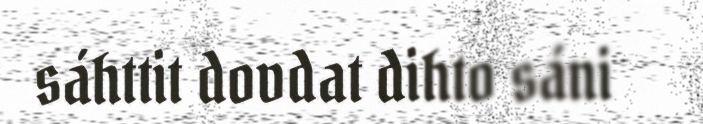
sáhttit dovdat dihto sáni